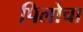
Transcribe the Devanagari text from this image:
पिलोचा